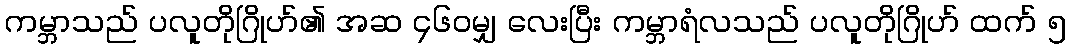
ကမ္ဘာသည် ပလူတိုဂြိုဟ်၏ အဆ ၄၆၀မျှ လေးပြီး ကမ္ဘာရံလသည် ပလူတိုဂြိုဟ် ထက် ၅